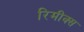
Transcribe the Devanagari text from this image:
रिमीक्स